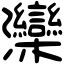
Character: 灤